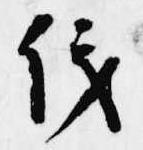
儀